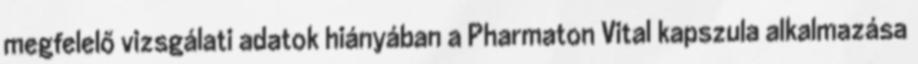
megfelelő vizsgálati adatok hiányában a Pharmaton Vital kapszula alkalmazása